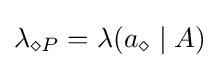
\textstyle \lambda _{\diamond P}=\lambda (a_{\diamond }\mid A)